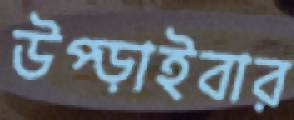
উপ্‌ড়াইবার